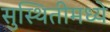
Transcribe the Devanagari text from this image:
सुस्थितीमध्ये